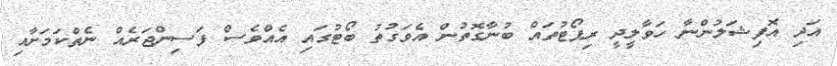
އަދި އޮފިޝަލުންނާ ހަވާލީދީ ރިޕޯޓުތައް ބުނާގޮތުން އެވަގުތު ބޯޓުގައި އެއްވެސް ފަސިންޖަރެއް ނެތްކަމަށާއި